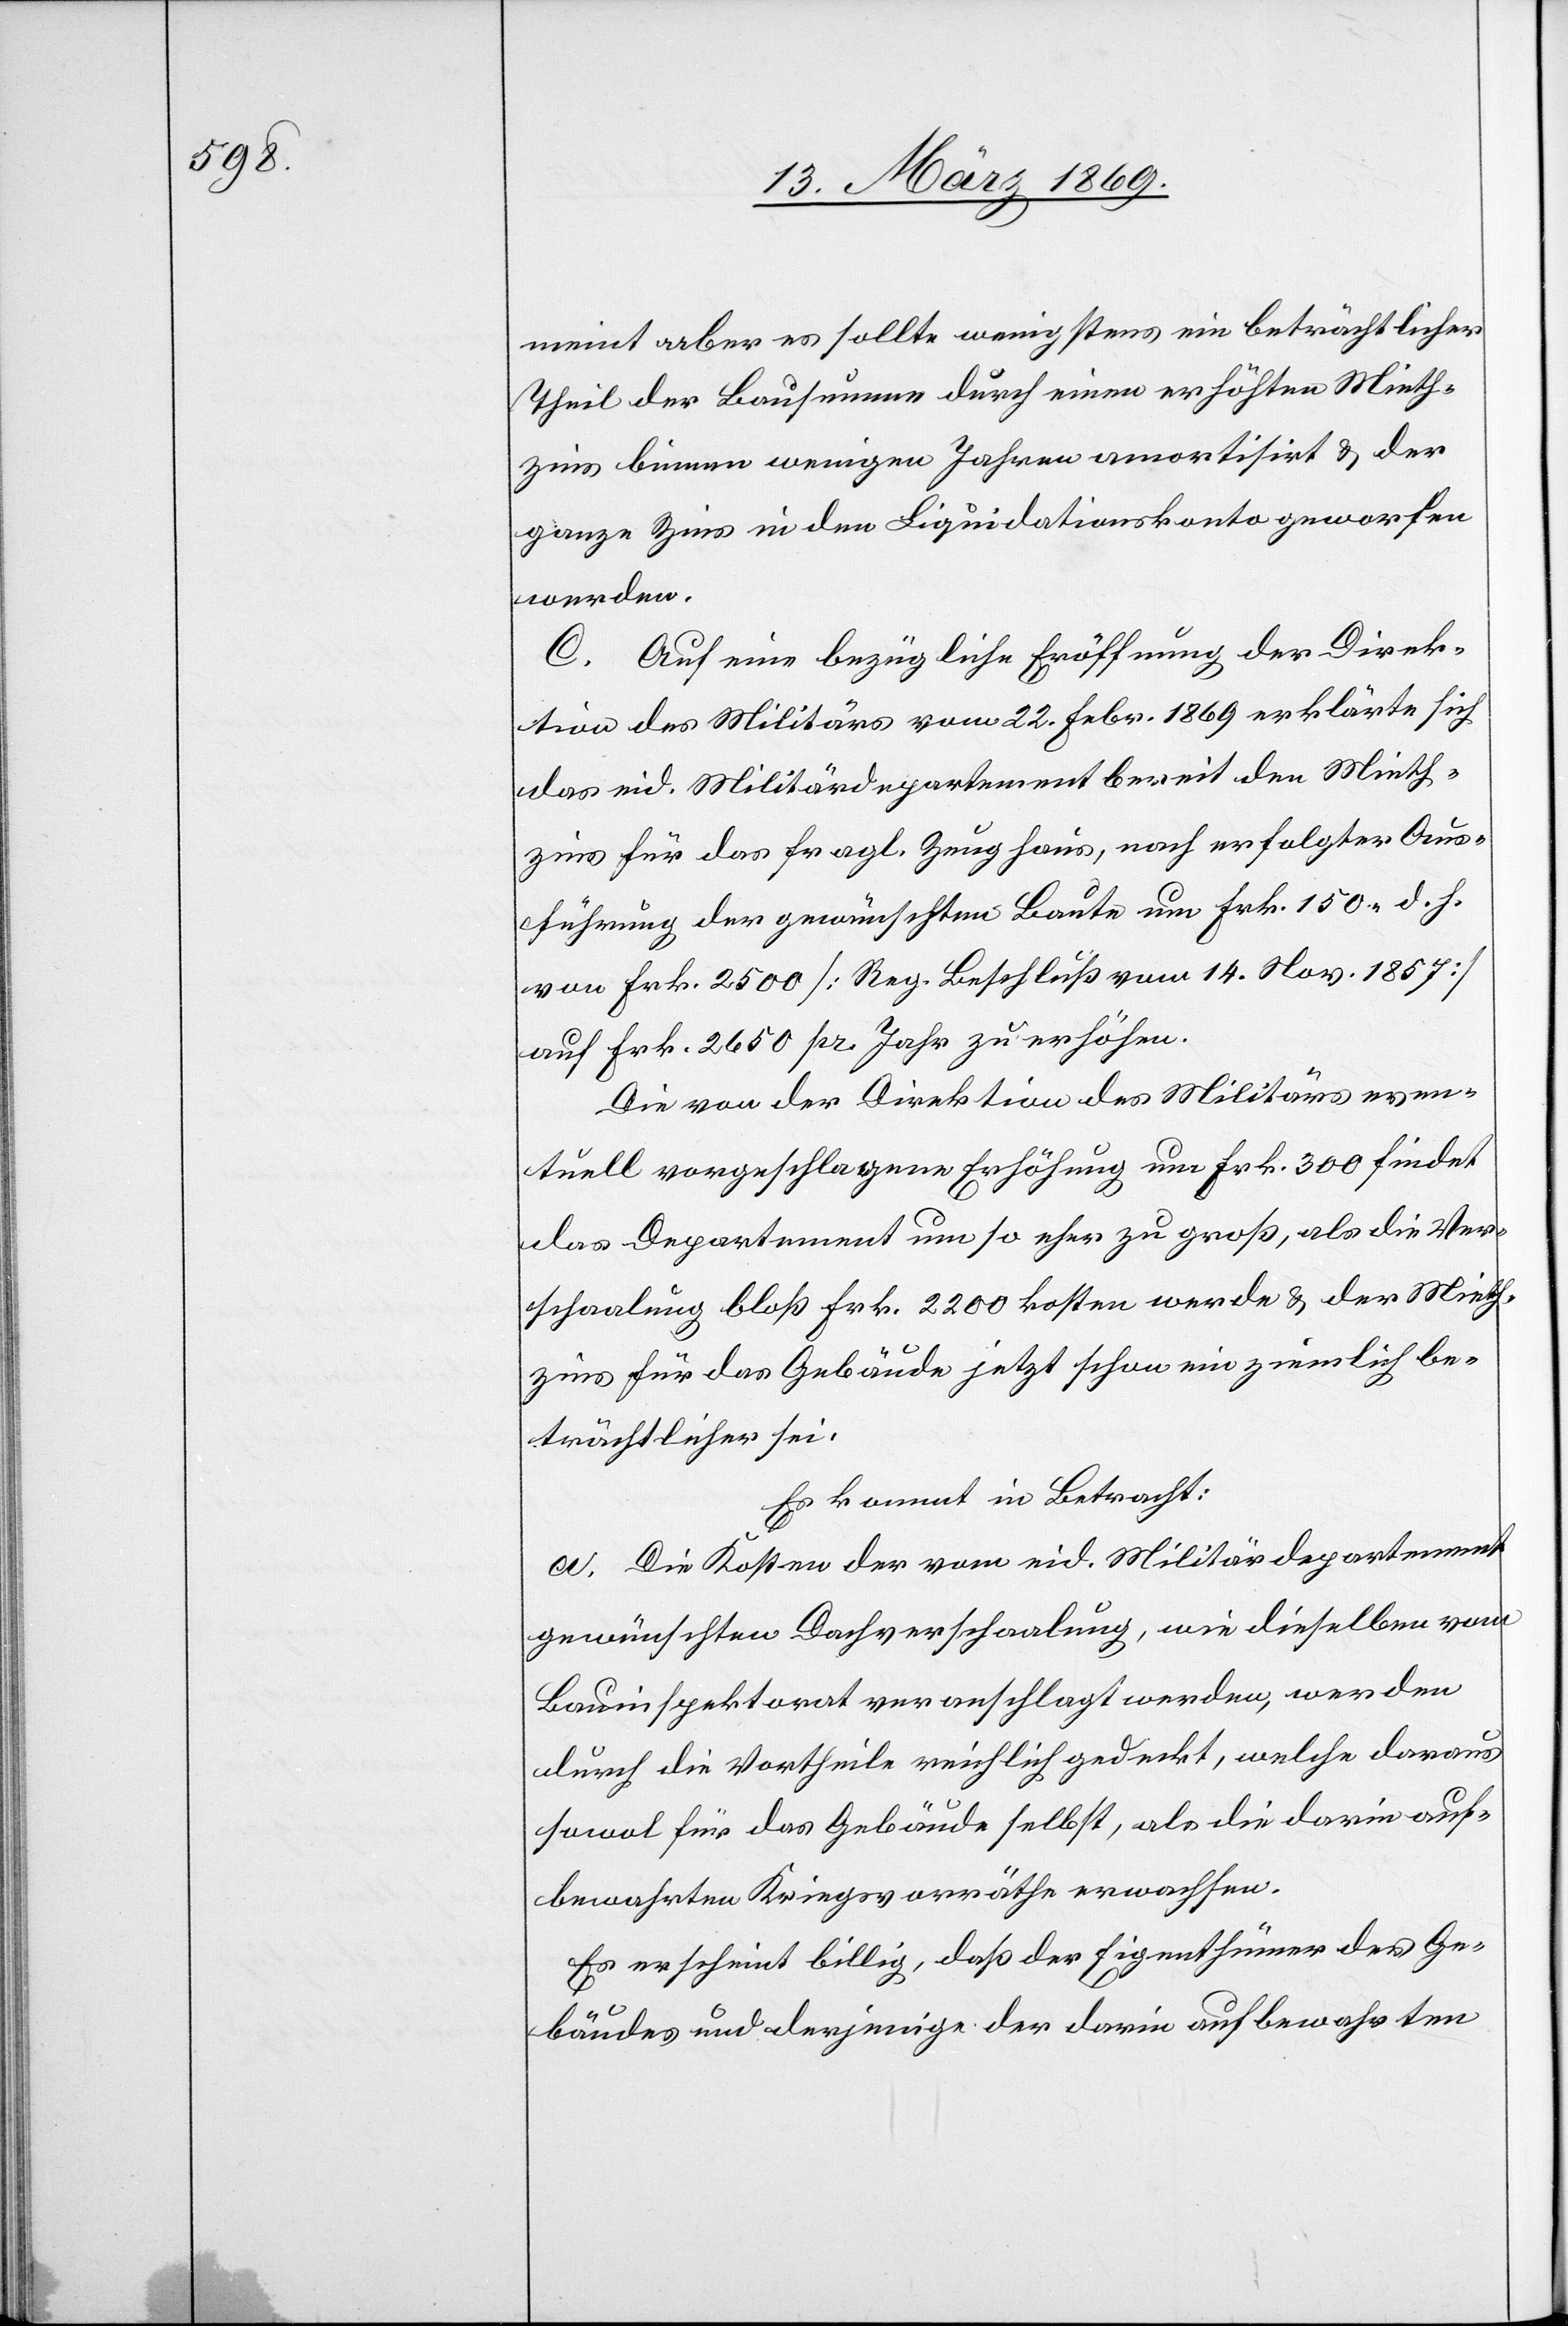
meint aber es sollte wenigstens ein beträchtlicher
Theil der Bausumme durch einen erhöhten Mieth¬
zins binnen wenigen Jahren amortisirt & der
ganze Zins in den Liquidationskonto geworfen
werden.
C. Auf eine bezügliche Eröffnung der Direk¬
tion des Militärs vom 22. Febr. 1869. erklärte sich
das eid. Militärdepartement bereit den Mieth¬
zins für das fragl. Zeughaus, nach erfolgter Aus¬
führung der gewünschten Baute um Frk. 150 d. h.
von Frk. 2500 [Reg. Beschluß vom 14. Nov. 1857]
auf Frk. 2650 pr. Jahr zu erhöhen.
Die von der Direktion des Militärs even¬
tuell vorgeschlagene Erhöhung um Frk. 300 findet
das Departement um so eher zu groß, als die Ver¬
schaalung bloß Frk. 2200 kosten werde & der Mieth¬
zins für das Gebäude jetzt schon ein ziemlich be¬
trächtlicher sei.
Es kommt in Betracht:
a. Die Kosten der vom eid. Militärdepartement
gewünschten Dachverschaalung, wie dieselben vom
Bauinspektorat veranschlagt werden, werden
durch die Vortheile reichlich gedeckt, welche daraus
sowol für das Gebäude selbst, als die darin auf¬
bewahrten Kriegsvorräthe erwachsen.
Es erscheint billig, daß der Eigenthümer des Ge¬
bäudes und derjenige der darin aufbewahrten